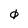
Character: 0